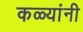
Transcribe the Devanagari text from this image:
कळ्यांनी